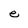
Character: e